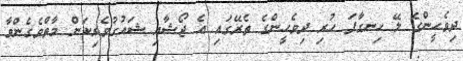
ދިވެހީންގެ ލޭ ހިނގާފަ ހުރި ދިވެހީންގެ ތެރޭގައި އެ ޖޯޝާއި ޝައުގުވެރިކަން މާތްވެގެންވާ